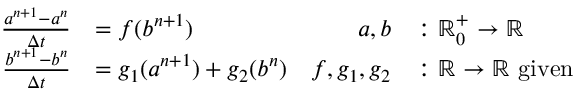
\begin{array} { r l r l } { \frac { a ^ { n + 1 } - a ^ { n } } { \Delta t } } & { = f ( b ^ { n + 1 } ) } & { a , b } & { \colon \mathbb R _ { 0 } ^ { + } \to \mathbb R } \\ { \frac { b ^ { n + 1 } - b ^ { n } } { \Delta t } } & { = g _ { 1 } ( a ^ { n + 1 } ) + g _ { 2 } ( b ^ { n } ) } & { f , g _ { 1 } , g _ { 2 } } & { \colon \mathbb R \to \mathbb R \mathrm { ~ g i v e n } } \end{array}